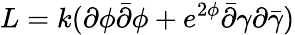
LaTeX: L=k(\partial\phi\bar{\partial}\phi+e^{2\phi}\bar{\partial}\gamma\partial\bar{\gamma})